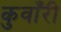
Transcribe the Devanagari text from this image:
कुवाँरी